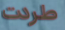
طردت